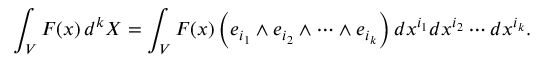
\int _ { V } F ( x ) \, d ^ { k } X = \int _ { V } F ( x ) \left( e _ { i _ { 1 } } \wedge e _ { i _ { 2 } } \wedge \cdots \wedge e _ { i _ { k } } \right) d x ^ { i _ { 1 } } d x ^ { i _ { 2 } } \cdots d x ^ { i _ { k } } .